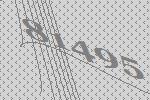
81495